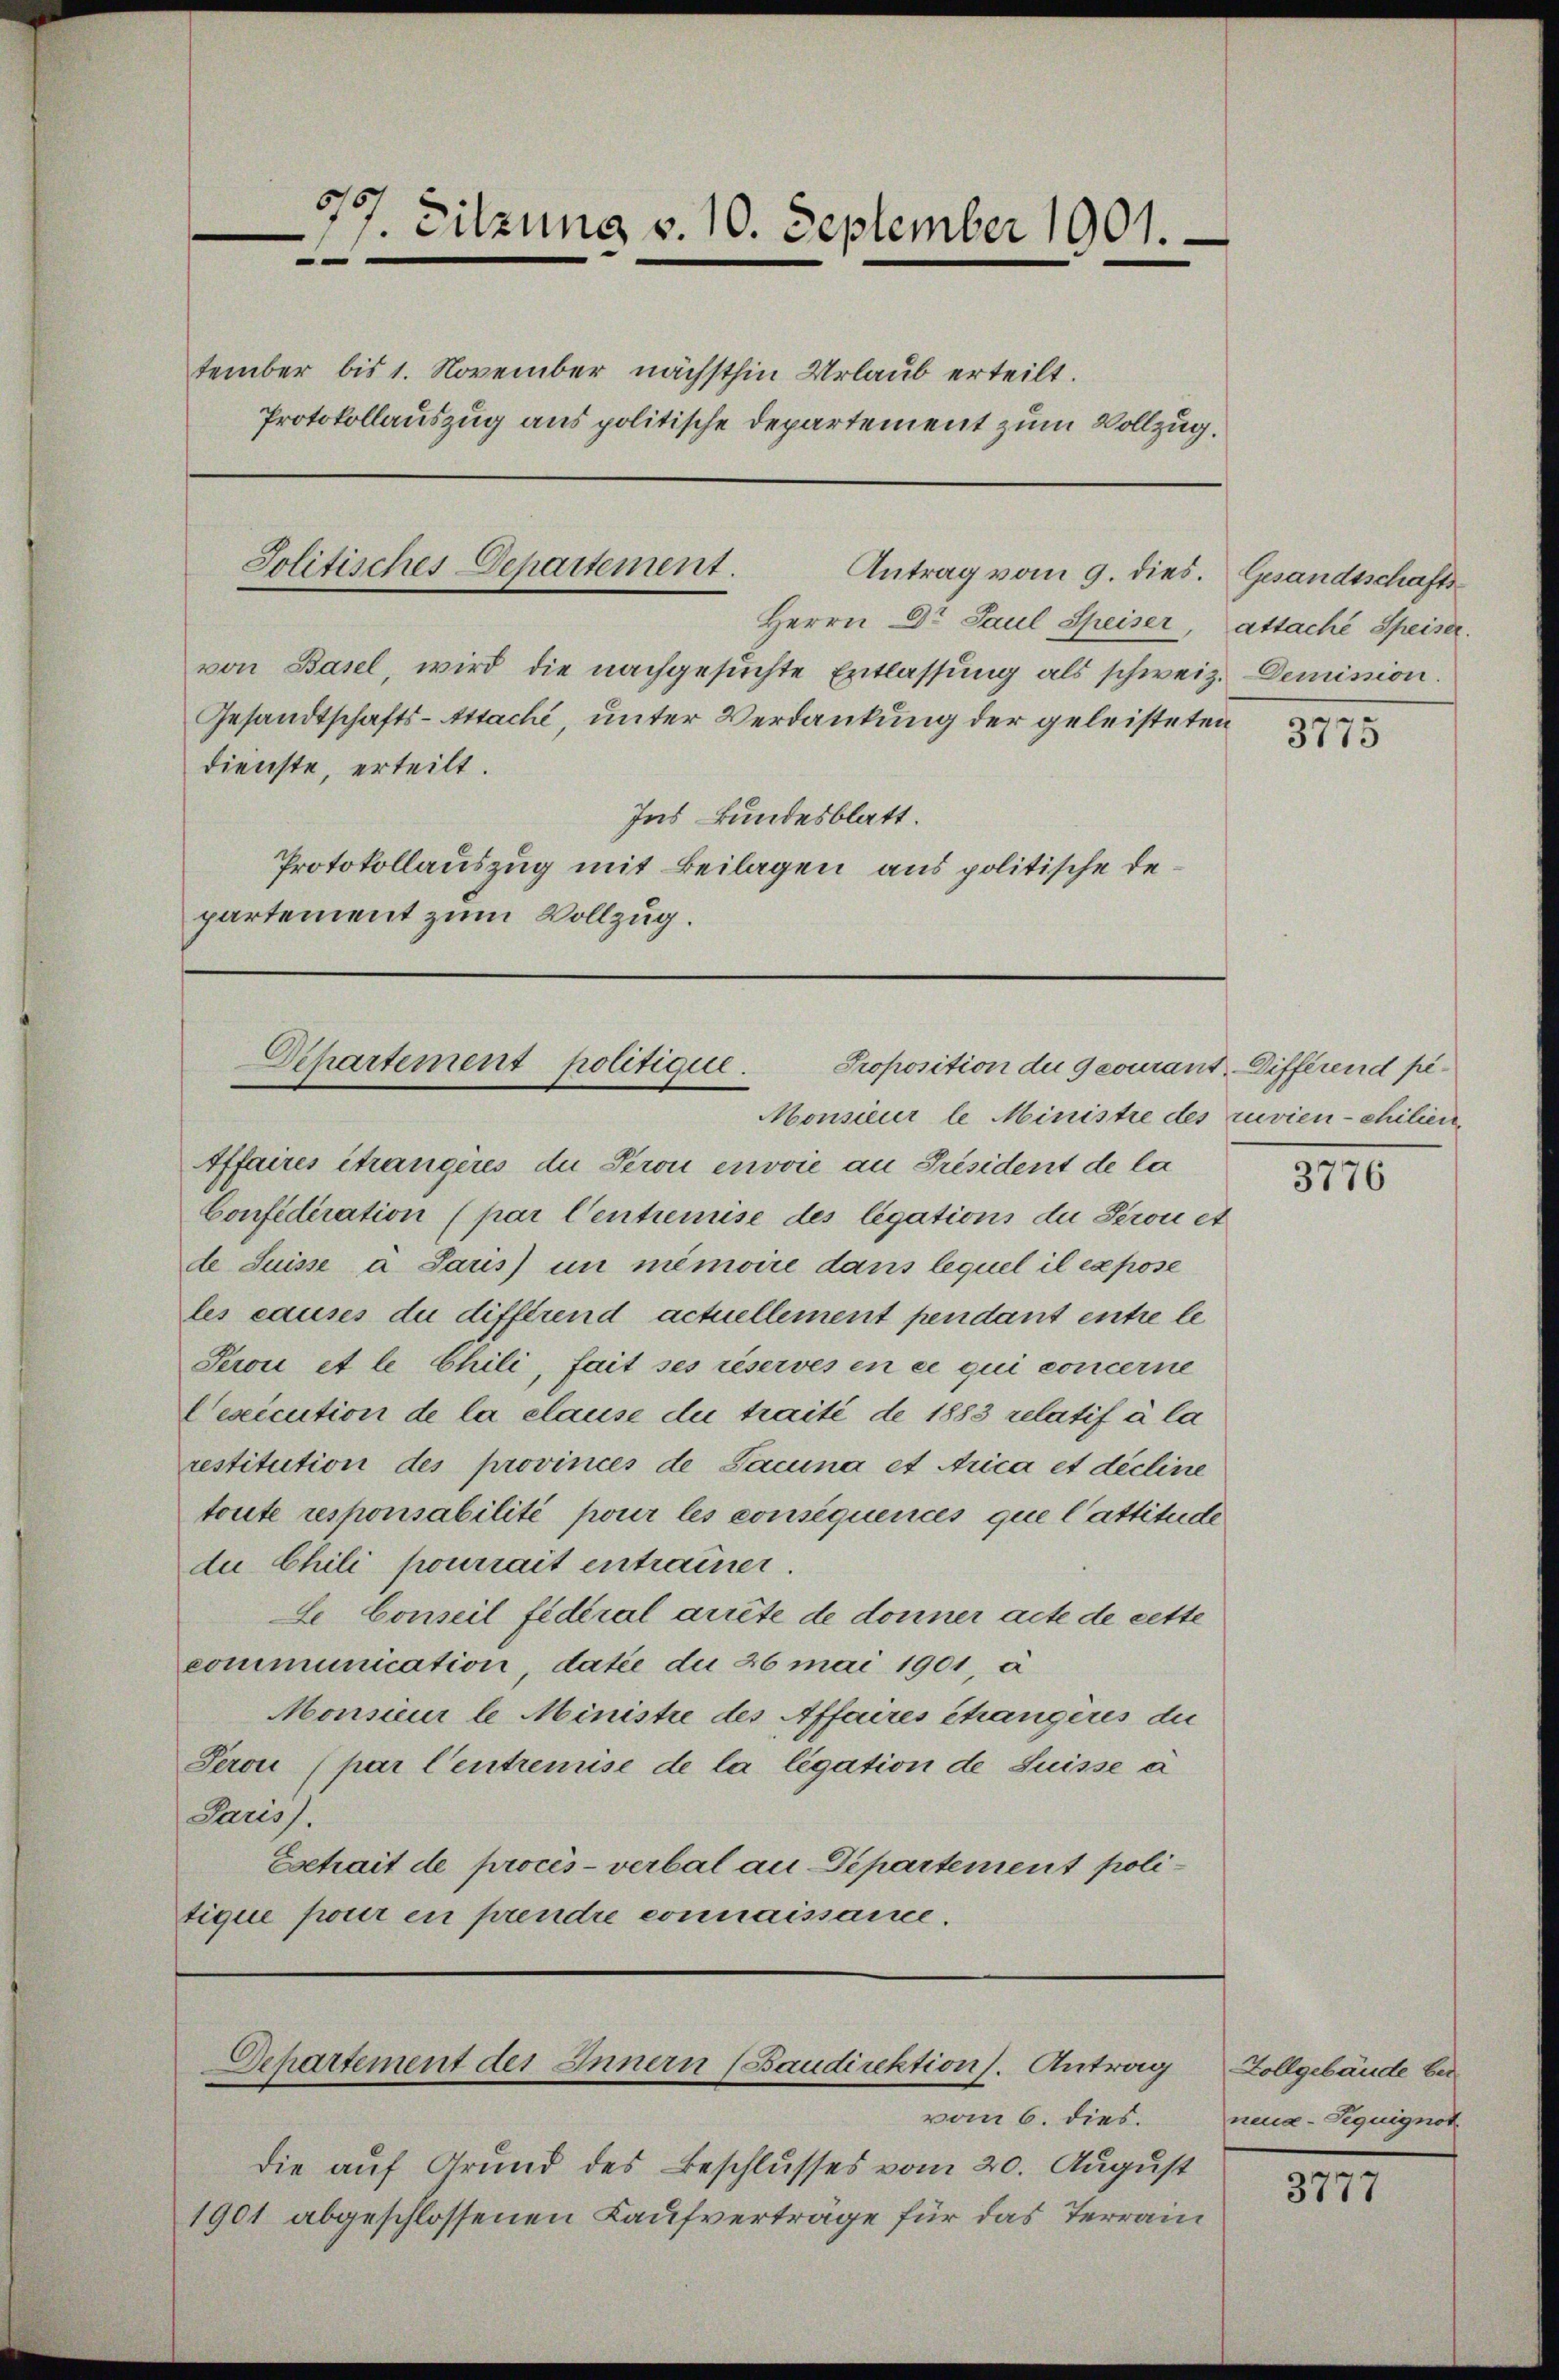
Protokollauszug aus politische Departement zum Vollzug.

77. Sitzung v. 10. September 1901.
e

tember bis 1. November nächsthin Urlaub erteilt.

Jolitisches Departement.
Antrag vom 9. dies.

Departement politique.
Proposition der geourant-Differend pe¬
Monsieur le Ministre des zuvien-chilien

von Basel, wird die nachgesuchte Entlassung als schweiz. Demission.
Gesandtschafts-Attache, unter Verdankung der geleisteten
dienste, erteilt.
Ins Bundesblatt.
Protokollauszug mit Beilagen aus politische Departement zum Vollzug.

Herrn Dr Paul Speiser, attache Speiser.

Affaires itrangères du Perou envoie an Président de la
Confideration (par Centremise des legations der Seron et
de Suisse a Paris un mémoire dans lequel il expose
les causes du differend actuellement pendant entre le
Seron et le Chili, fait ses réserves en ce qui concerne
Cesicution de la clause du traité de 1883 relatif à la
restitution des provinces de Facuna et Arica et décline
toute responsabilité pour les consequences que lastitude
du Chili pourrait entrauer.
Le Conseil fédéral arrête de donner acte de cette
communication, datie du 26 mai 1901, a
Monsieur le Ministie des Affaires changeres die
Seron (par Centremise de la legation de Suisse à
Paris.
Eetrait de procès-verbal au-Departement politique pour en prendre connaissance.

Departement des Innern (Baudirektions. Antrag

vom 6. dies.
die auf Grund des Beschlusses vom 20. August
1901 abgeschlossenen Kaufverträge für das Terrain

Gesandtschafts-

3775

3776

Vollgebäude beineua-Seguignot

r
7
31